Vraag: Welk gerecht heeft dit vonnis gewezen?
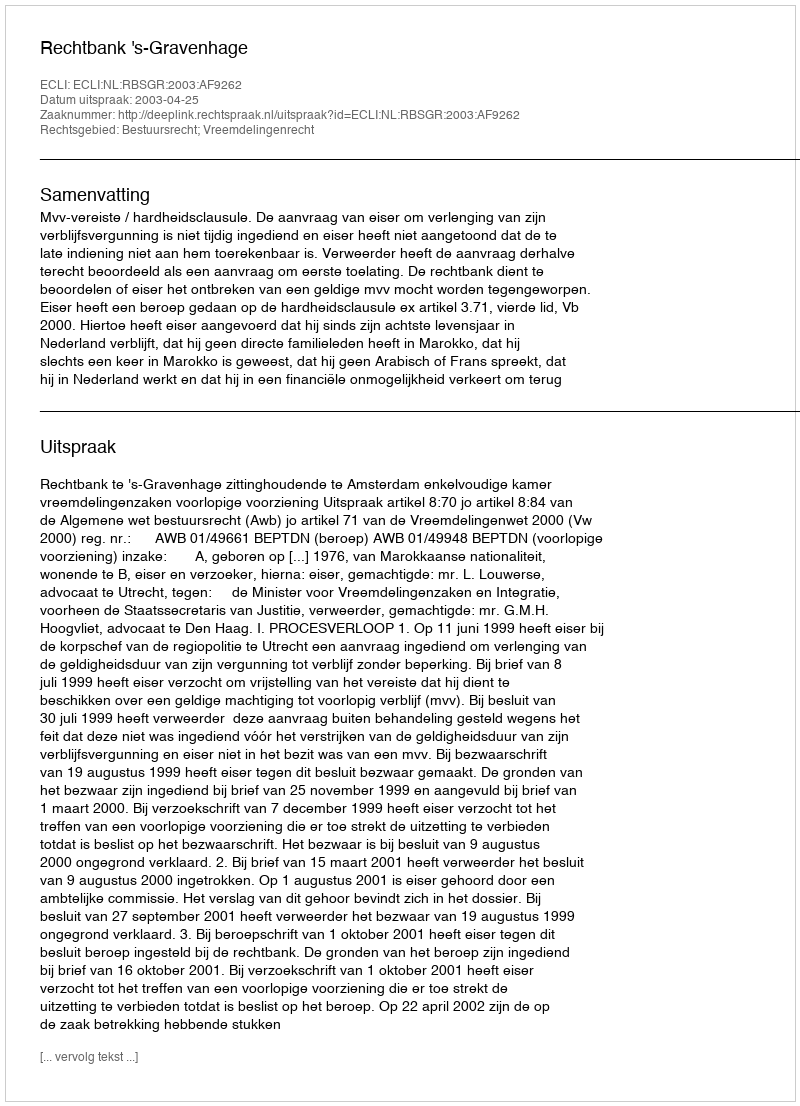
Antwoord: Rechtbank 's-Gravenhage